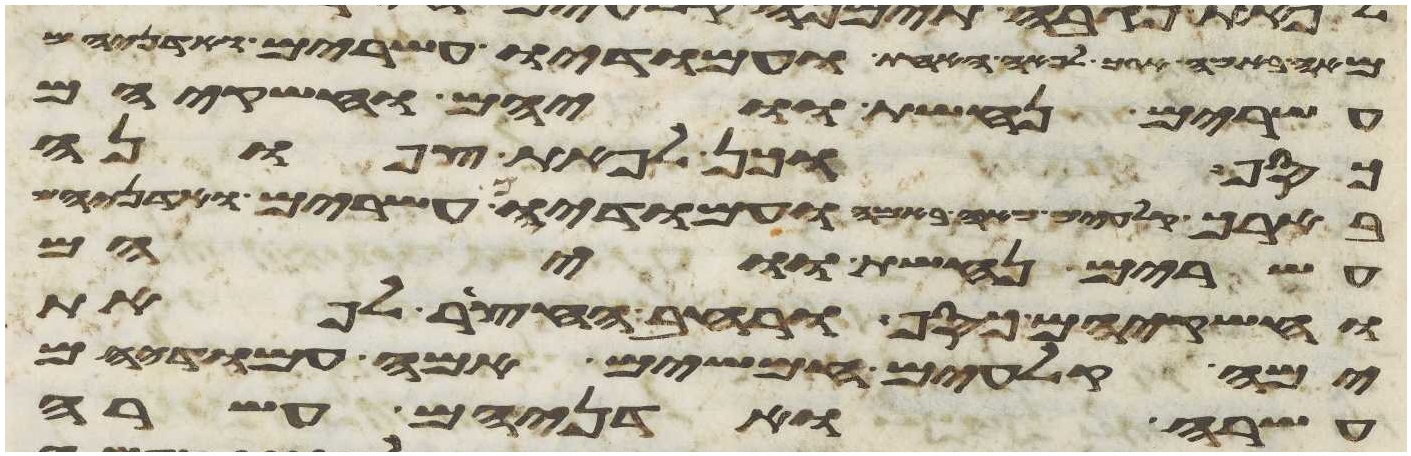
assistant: מאה באמה ארך לפאה האחת ועמודיו עשרים ואדניהם
עשרים נחשת וויהם וחשקיהם
כסף וכן לפאת צפונה
ארך לפאה האחת ועמודיו עשרים ואדניהם
עשרים נחשת וויהם
וחשקיהם כסף ורחב החצר לפאת
ימה קלעים חמשים אמה עמודיהם
עשרה ואדניהם עשרה